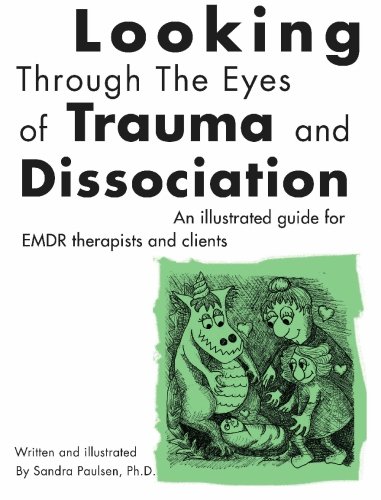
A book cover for Looking Through the Eyes of Trauma and Dissociation: An illustrated guide for EMDR therapists and clients; Sandra Paulsen Ph.D; Medical Books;